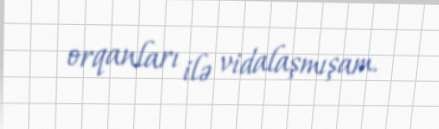
orqanları ilə vidalaşmışam.